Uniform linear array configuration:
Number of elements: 4
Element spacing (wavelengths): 0.5
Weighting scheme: blackman
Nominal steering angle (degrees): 15
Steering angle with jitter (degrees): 14.417
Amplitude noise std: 0.05
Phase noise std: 0.05

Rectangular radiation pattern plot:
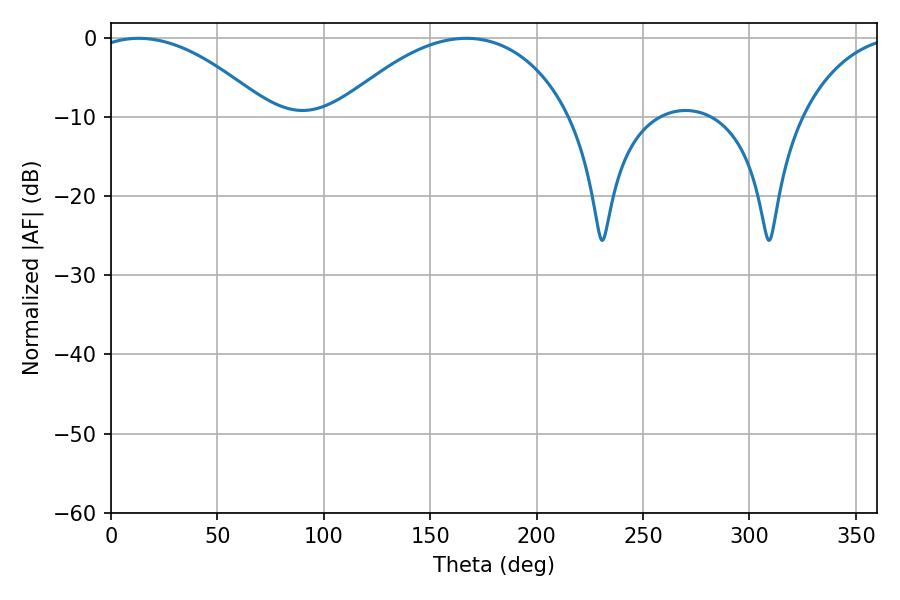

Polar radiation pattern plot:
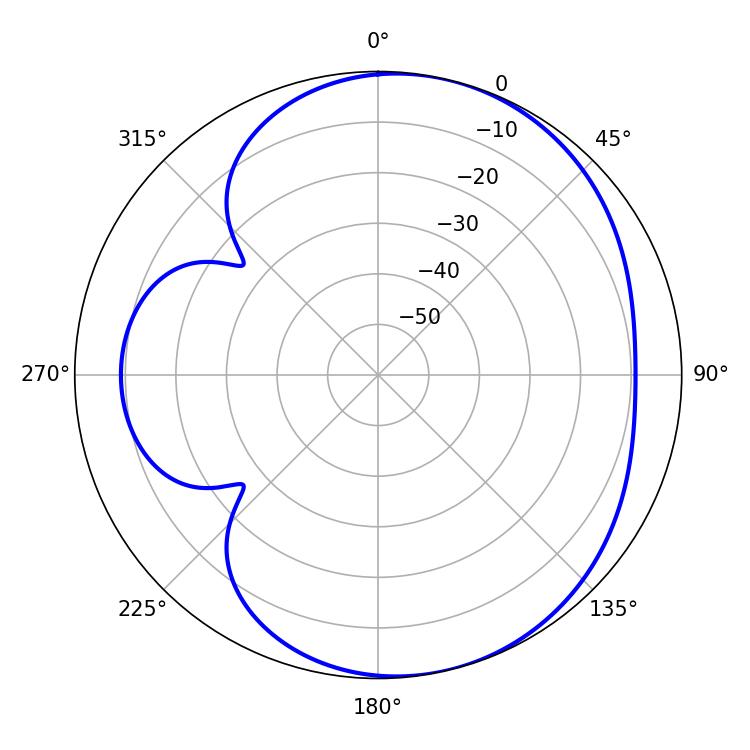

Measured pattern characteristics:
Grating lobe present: FALSE
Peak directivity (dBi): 5.384
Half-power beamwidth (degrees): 62.28
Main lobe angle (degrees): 167.04